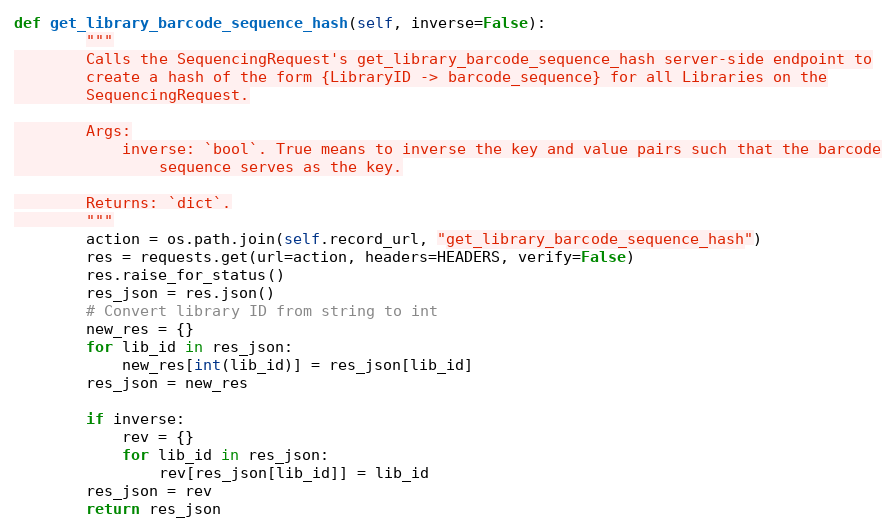
Language: Python
def get_library_barcode_sequence_hash(self, inverse=False):
        """
        Calls the SequencingRequest's get_library_barcode_sequence_hash server-side endpoint to
        create a hash of the form {LibraryID -> barcode_sequence} for all Libraries on the
        SequencingRequest.

        Args:
            inverse: `bool`. True means to inverse the key and value pairs such that the barcode
                sequence serves as the key.

        Returns: `dict`.
        """
        action = os.path.join(self.record_url, "get_library_barcode_sequence_hash")
        res = requests.get(url=action, headers=HEADERS, verify=False)
        res.raise_for_status()
        res_json = res.json()
        # Convert library ID from string to int
        new_res = {}
        for lib_id in res_json:
            new_res[int(lib_id)] = res_json[lib_id]
        res_json = new_res

        if inverse:
            rev = {}
            for lib_id in res_json:
                rev[res_json[lib_id]] = lib_id
        res_json = rev
        return res_json